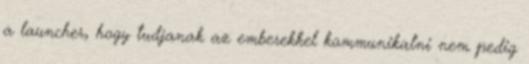
a launcher, hogy tudjanak az emberekkel kommunikalni nem pedig